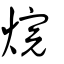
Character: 烷